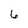
Character: 6